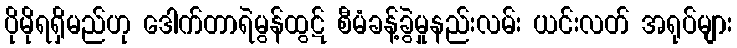
ပိုမိုရရှိမည်ဟု ဒေါက်တာရဲမွန်ထွဋ် စီမံခန့်ခွဲမှုနည်းလမ်း ယင်းလတ် အရုပ်များ